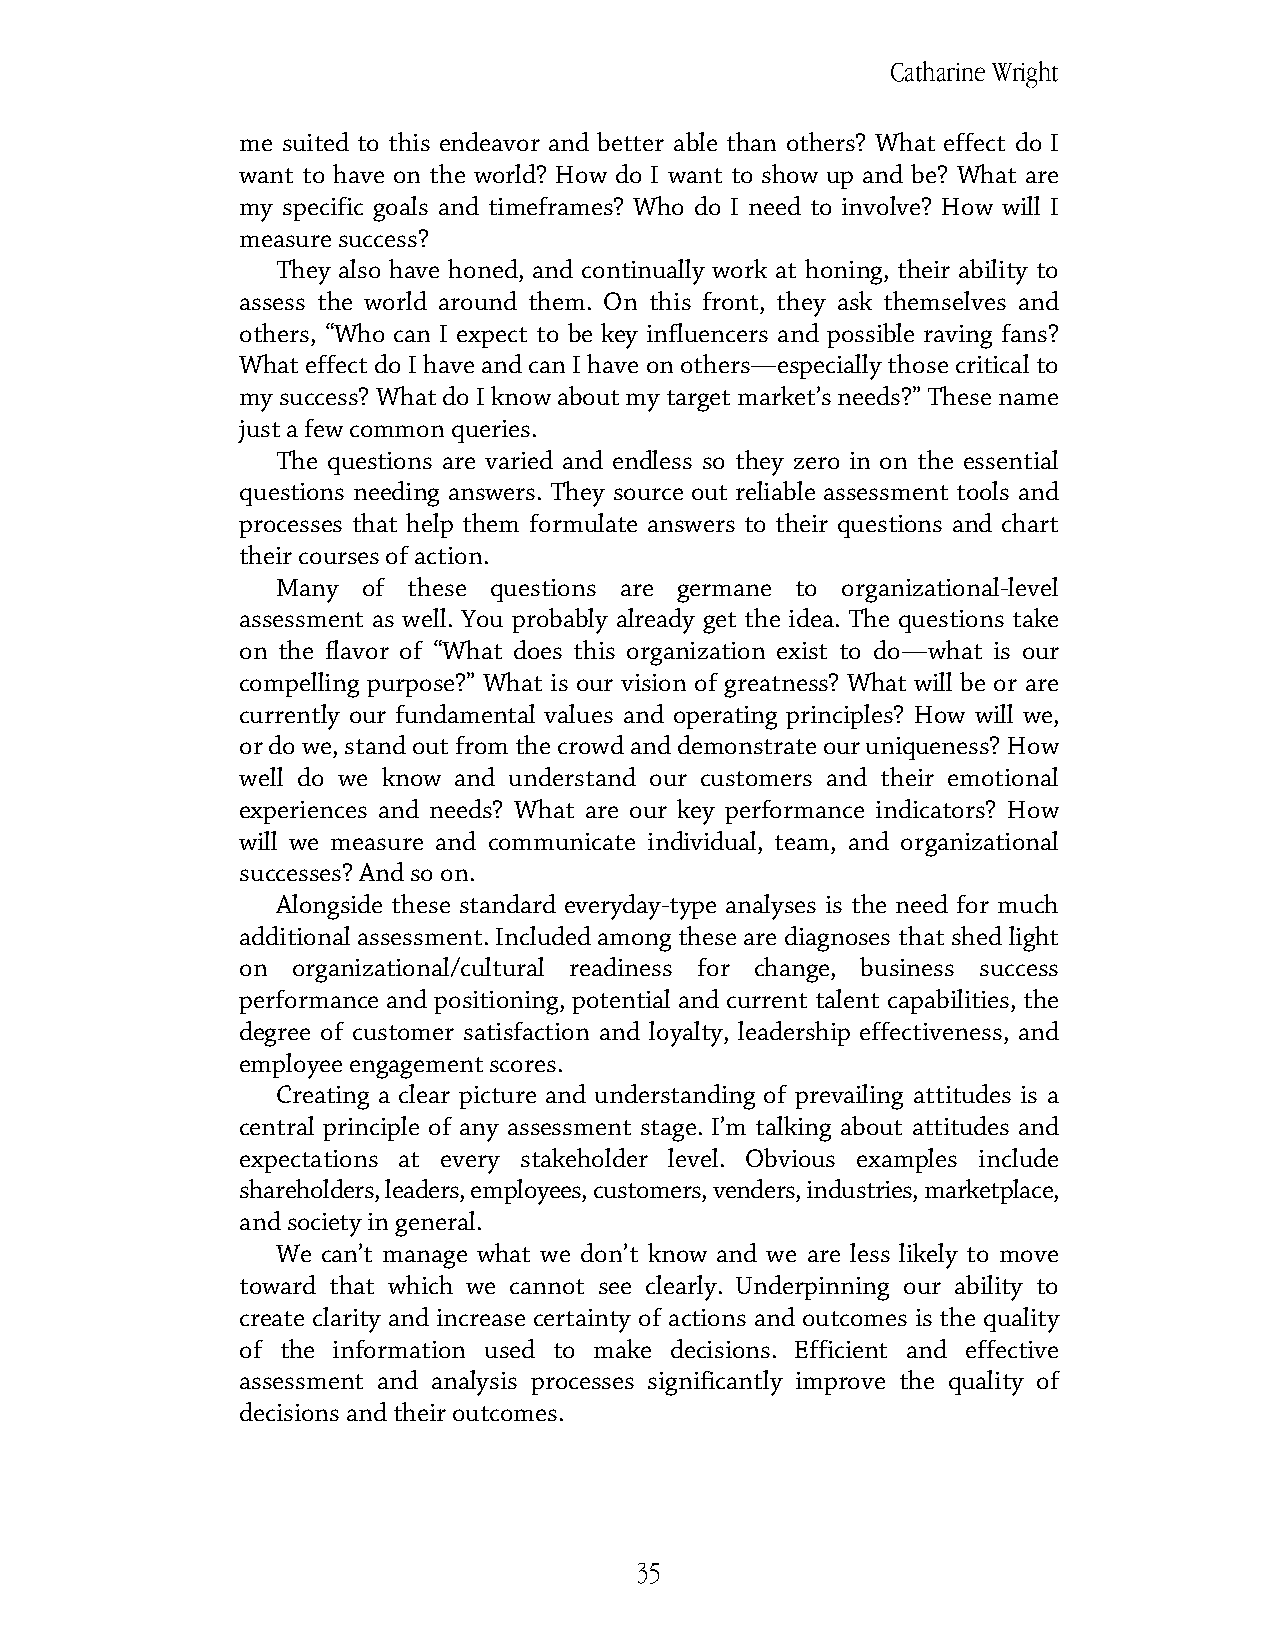
Catharine Wright
 me suited to this endeavor and better able than others? What effect do I
 want to have on the world? How do I want to show up and be? What are
 my specific goals and timeframes? Who do I need to involve? How will I
 measure success?
 They also have honed, and continually work at honing, their ability to
 assess the world around them. On this front, they ask themselves and
 others, “Who can I expect to be key influencers and possible raving fans?
 What effect do I have and can I have on others—especially those critical to
 my success? What do I know about my target market’s needs?” These name
 just a few common queries.
 The questions are varied and endless so they zero in on the essential
 questions needing answers. They source out reliable assessment tools and
 processes that help them formulate answers to their questions and chart
 their courses of action.
 Many  of these questions are germane to organizational-level
 assessment as well. You probably already get the idea. The questions take
 on the flavor of “What does this organization exist to do—what is our
 compelling purpose?” What is our vision of greatness? What will be or are
 currently our fundamental values and operating principles? How will we,
 or do we, stand out from the crowd and demonstrate our uniqueness? How
 well do we know and understand our customers and their emotional
 experiences and needs? What are our key performance indicators? How
 will we measure and communicate individual, team, and organizational
 successes? And so on.
 Alongside these standard everyday-type analyses is the need for much
 additional assessment. Included among these are diagnoses that shed light
 on organizational/cultural readiness for change, business success
 performance and positioning, potential and current talent capabilities, the
 degree of customer satisfaction and loyalty, leadership effectiveness, and
 employee engagement scores.
 Creating a clear picture and understanding of prevailing attitudes is a
 central principle of any assessment stage. I’m talking about attitudes and
 expectations at every stakeholder level. Obvious examples include
 shareholders, leaders, employees, customers, venders, industries, marketplace,
 and society in general.
 We can’t manage what we don’t know and we are less likely to move
 toward that which we cannot see clearly. Underpinning our ability to
 create clarity and increase certainty of actions and outcomes is the quality
 of the information used to make decisions. Efficient and effective
 assessment and analysis processes significantly improve the quality of
 decisions and their outcomes.
 35